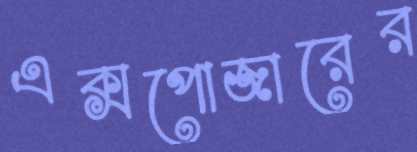
এক্সপোজারের